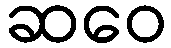
ဆဝေ